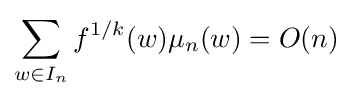
\sum _{w\in I_{n}}f^{1/k}(w)\mu _{n}(w)=O(n)